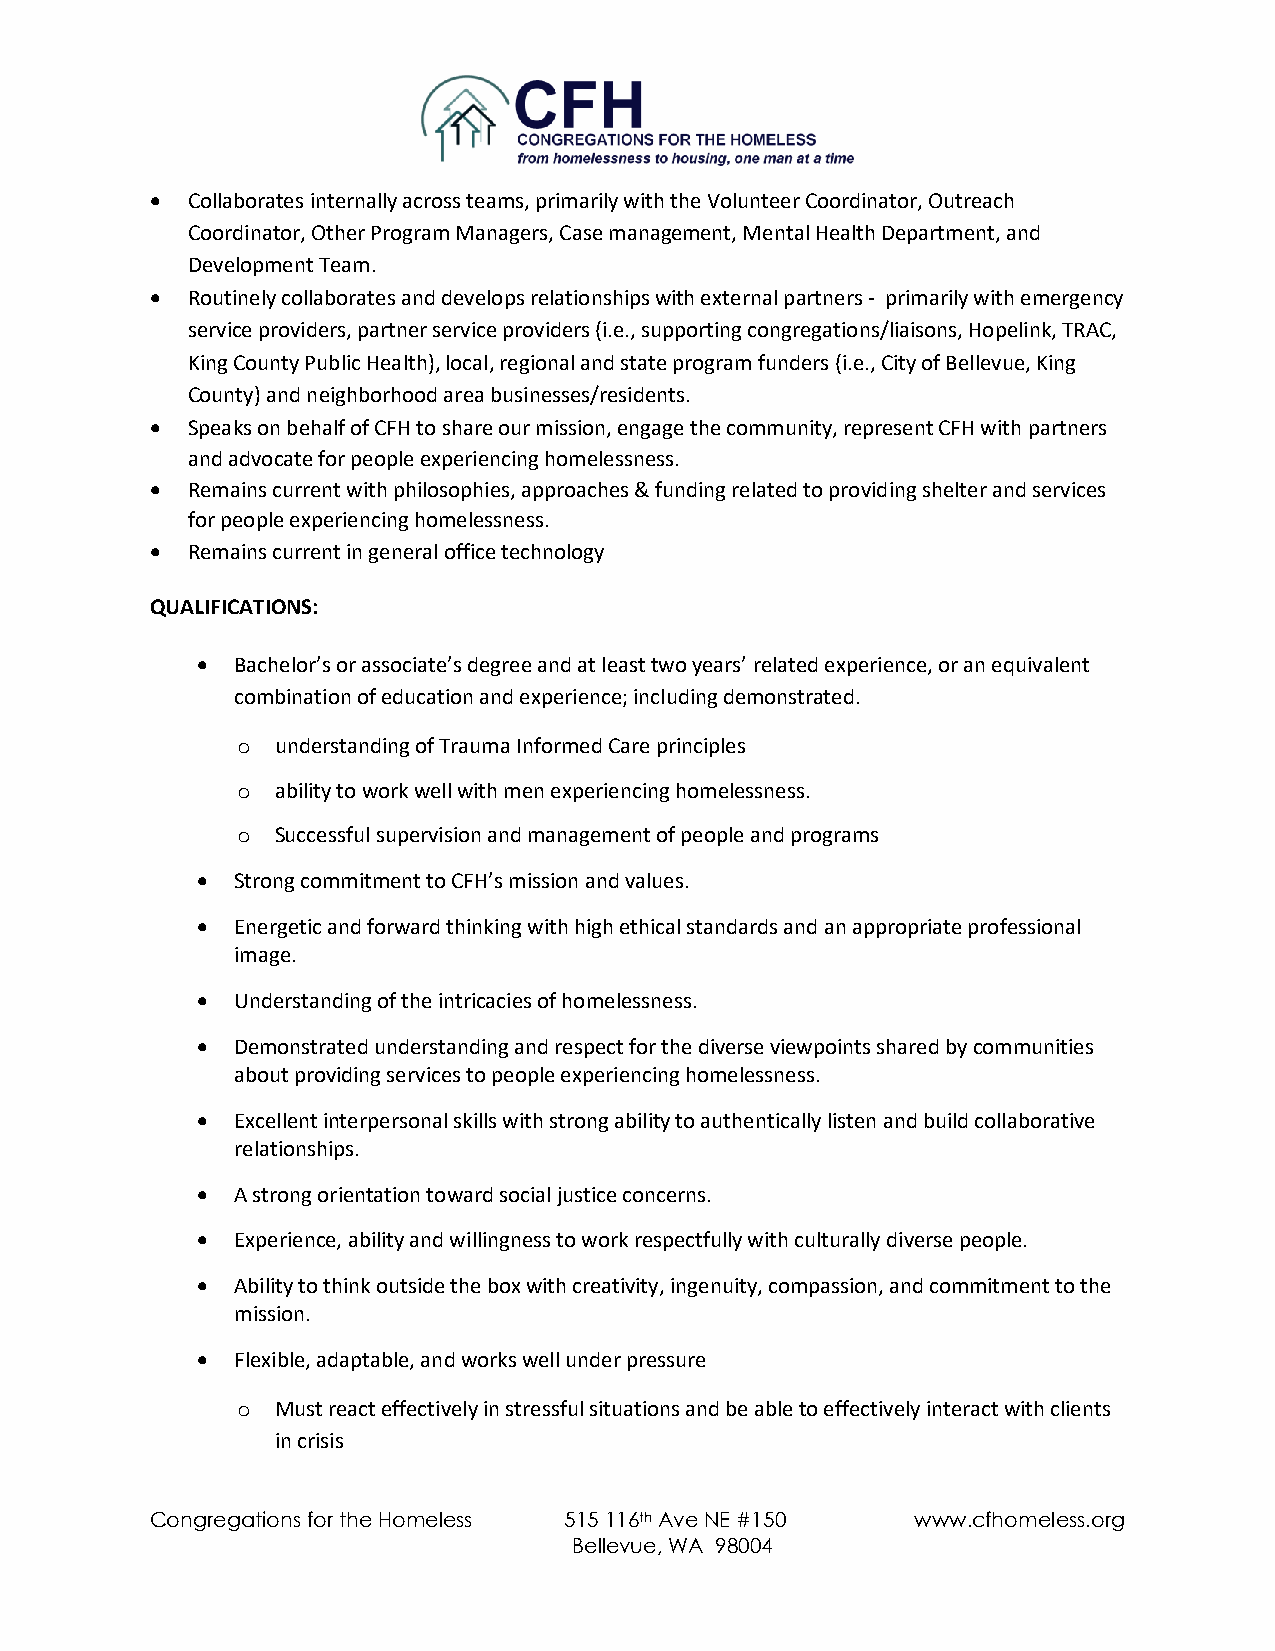
• Collaborates internally across teams, primarily with the Volunteer Coordinator, Outreach
 Coordinator, Other Program Managers, Case management, Mental Health Department, and
 Development Team.
 • Routinely collaborates and develops relationships with external partners - primarily with emergency
 service providers, partner service providers (i.e., supporting congregations/liaisons, Hopelink, TRAC,
 King County Public Health), local, regional and state program funders (i.e., City of Bellevue, King
 County) and neighborhood area businesses/residents.
 • Speaks on behalf of CFH to share our mission, engage the community, represent CFH with partners
 and advocate for people experiencing homelessness.
 • Remains current with philosophies, approaches & funding related to providing shelter and services
 for people experiencing homelessness.
 • Remains current in general office technology
 QUALIFICATIONS:
 • Bachelor’s or associate’s degree and at least two years’ related experience, or an equivalent
 combination of education and experience; including demonstrated.
 o understanding of Trauma Informed Care principles
 o ability to work well with men experiencing homelessness.
 o Successful supervision and management of people and programs
 • Strong commitment to CFH’s mission and values.
 • Energetic and forward thinking with high ethical standards and an appropriate professional
 image.
 • Understanding of the intricacies of homelessness.
 • Demonstrated understanding and respect for the diverse viewpoints shared by communities
 about providing services to people experiencing homelessness.
 • Excellent interpersonal skills with strong ability to authentically listen and build collaborative
 relationships.
 • A strong orientation toward social justice concerns.
 • Experience, ability and willingness to work respectfully with culturally diverse people.
 • Ability to think outside the box with creativity, ingenuity, compassion, and commitment to the
 mission.
 • Flexible, adaptable, and works well under pressure
 o Must react effectively in stressful situations and be able to effectively interact with clients
 in crisis
 Congregations for the Homeless 515 116th Ave NE #150 www.cfhomeless.org
 Bellevue, WA 98004